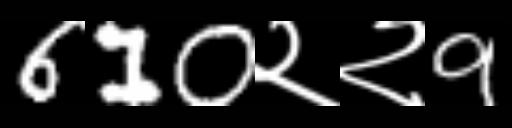
Text: 610२२9